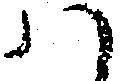
ハ